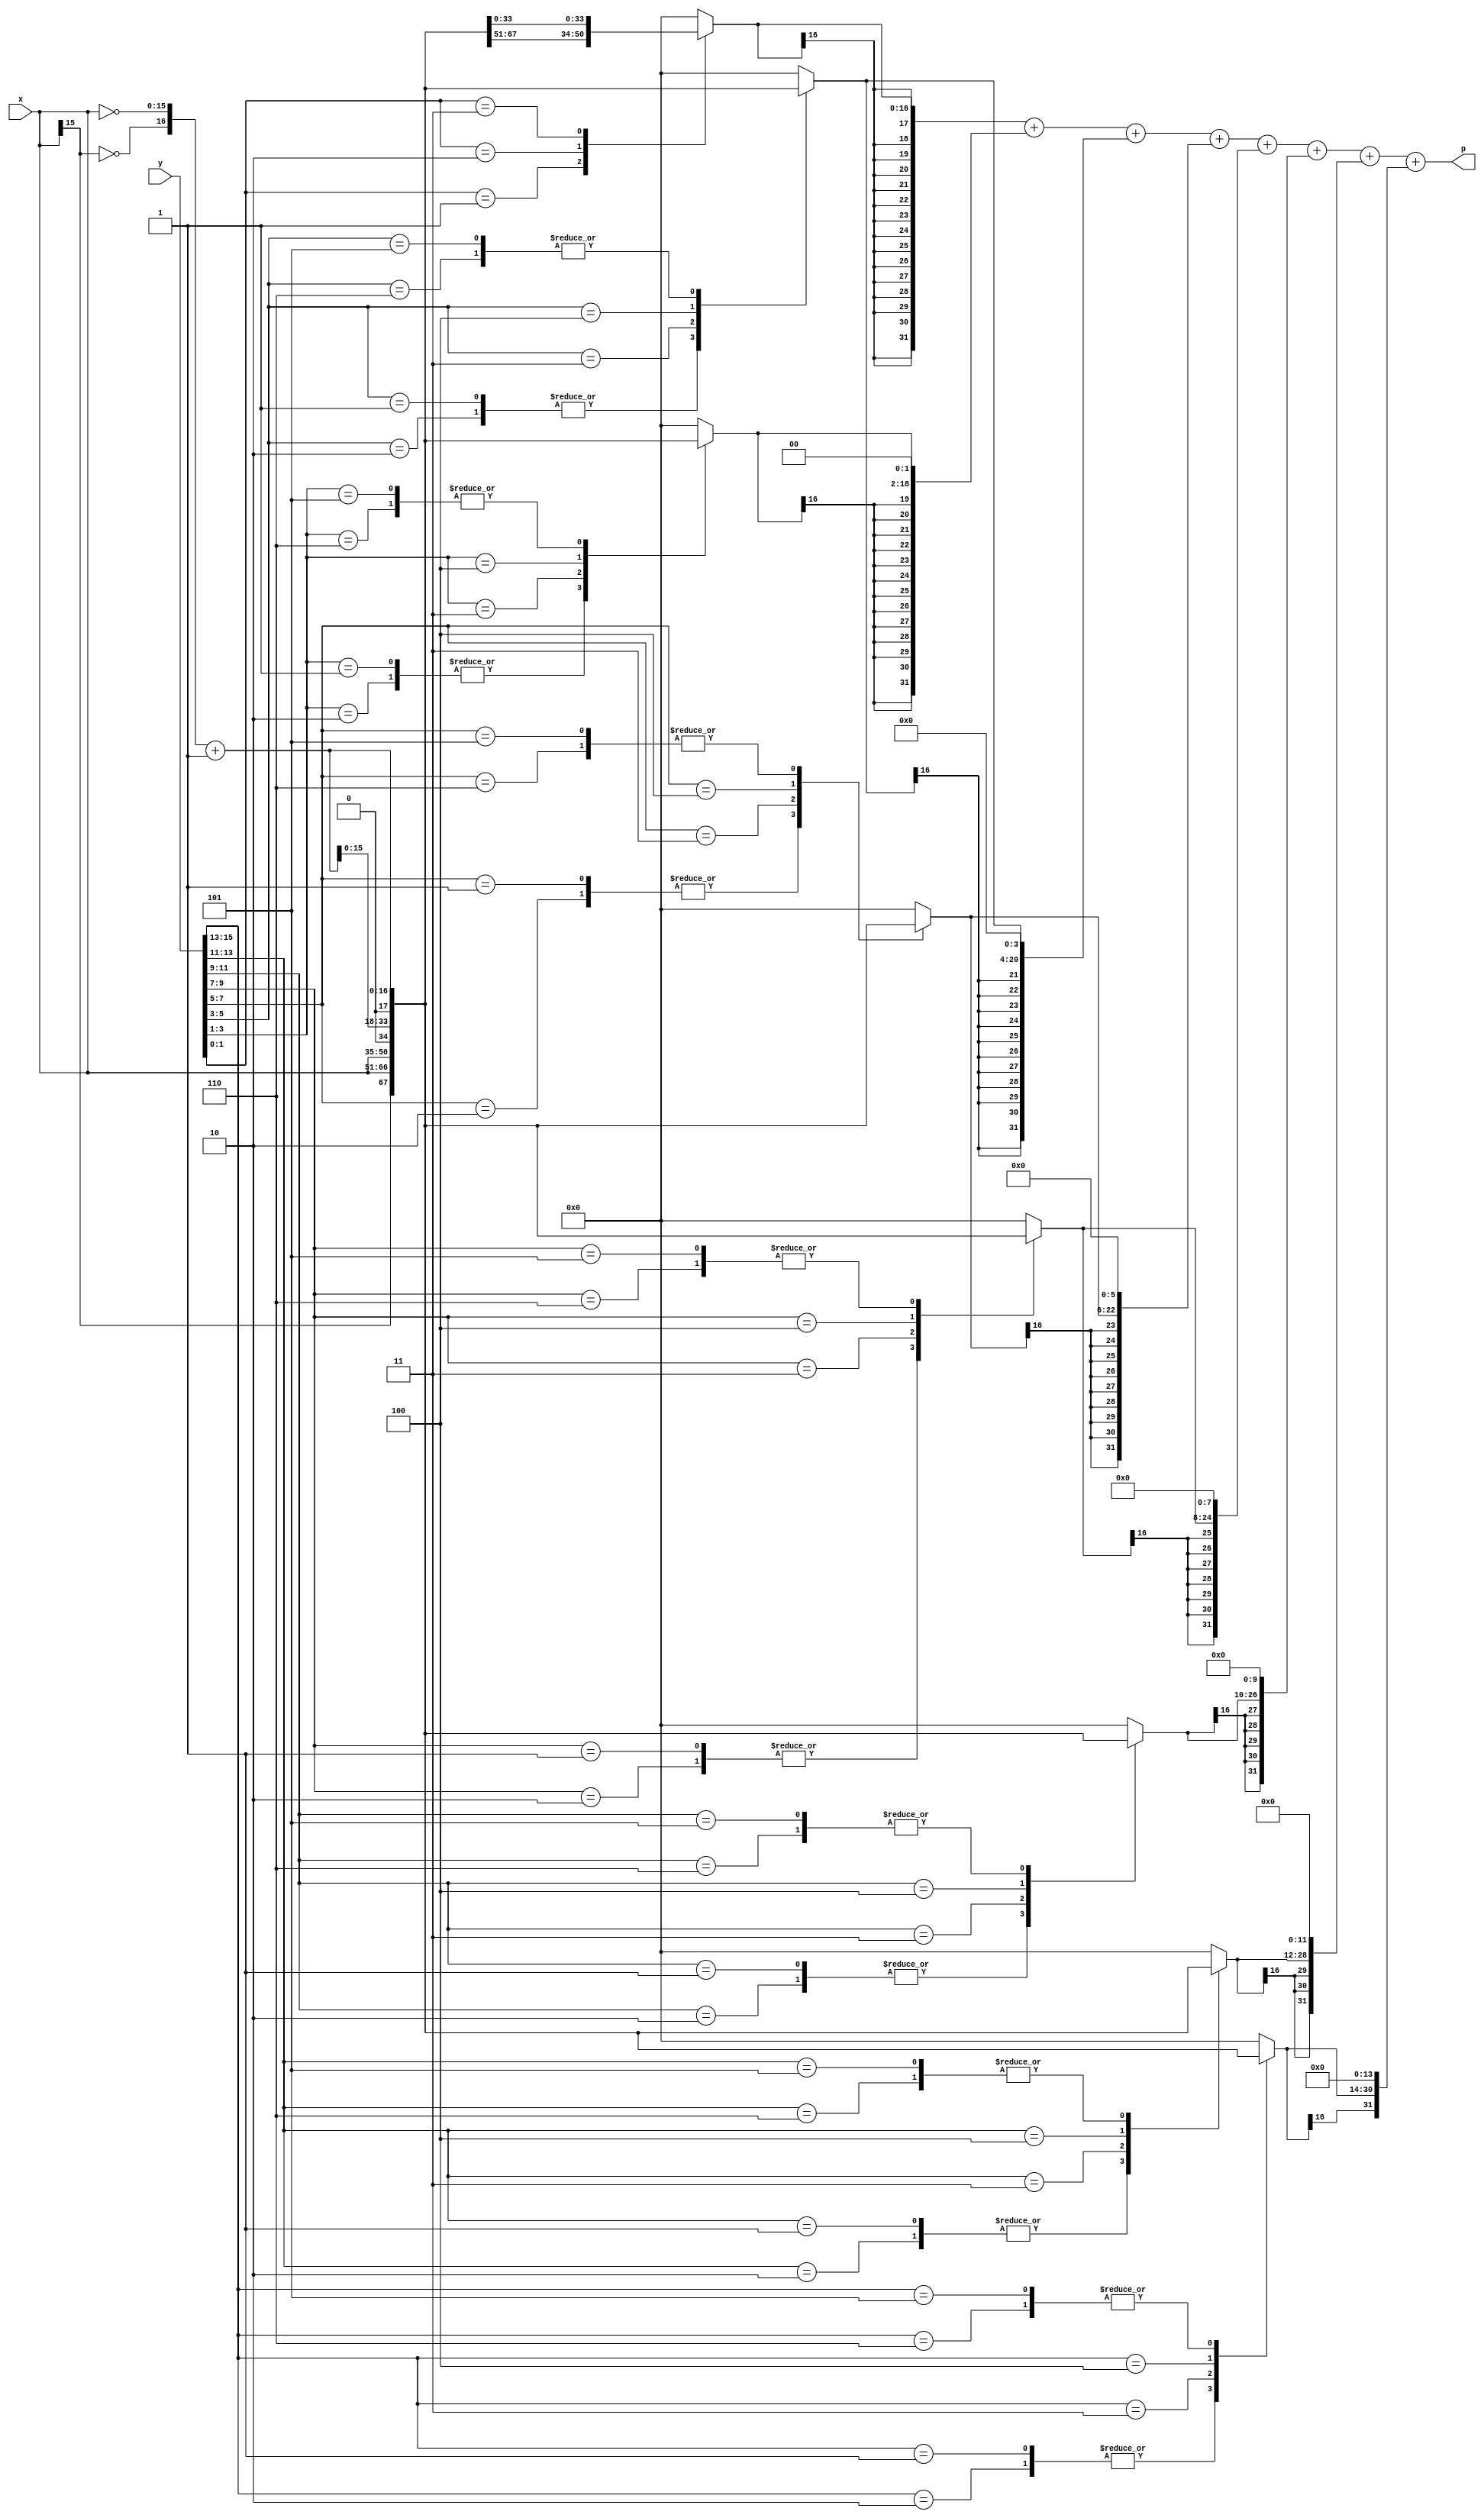
`timescale 1ns / 1ps

//`define `w=16

module booth_mult (p, x, y);

parameter width = 16;

parameter N = width / 2;

input[width-1:0]x, y;  		// 16 bit

output[2*width-1:0]p; 		//32 bit

 reg [2:0] cc [N-1:0]; 		//3 x 8 case
 
 reg [width:0] pp[N-1:0];  //16 x 8 partial products
 
 reg [width+width-1:0] spp[N-1:0]; 	//32 x 8
 
 reg [width+width-1:0] prod;	//32 bit product reg
 
 wire [width:0] inv_x;		//2's cpmplement of x
 
 integer k,i;				//for loop integers
 
 // 2's complement 
assign inv_x = {~x[width-1],~x}+1;


always @ (x or y or inv_x)
begin

	cc[0] = {y[1],y[0],1'b0};
	for(k=1;k<N;k=k+1)
		cc[k] = {y[2*k+1],y[2*k],y[2*k-1]};
	
	for(k=0;k<N;k=k+1)
	begin
		case(cc[k])
			3'b001 , 3'b010 	: pp[k] = {x[width-1],x};
			3'b011 				: pp[k] = {x,1'b0};
			3'b100 				: pp[k] = {inv_x[width-1:0],1'b0};
			3'b101 , 3'b110 	: pp[k] = inv_x;
			default 				: pp[k] = 0;
		endcase
		
		spp[k] = $signed(pp[k]);
		
		for(i=0;i<k;i=i+1)
		spp[k] = {spp[k],2'b00}; //multiply by 2 to the power x or shifting operation
	
	end //for(k=0;k<N;k=k+1)
 

		prod = spp[0];
 
		for(k=1;k<N;k=k+1)
		prod = prod + spp[k];
end

assign p = prod;


endmodule